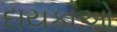
દાયકાઓ